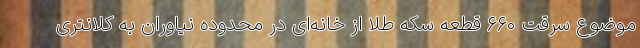
موضوع سرقت ۶۶۰ قطعه سکه طلا از خانه‌ای در محدوده نیاوران به کلانتری